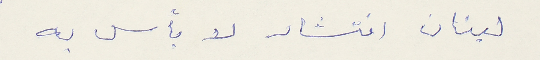
لبنان انتشار لا بأس به